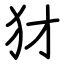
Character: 犲